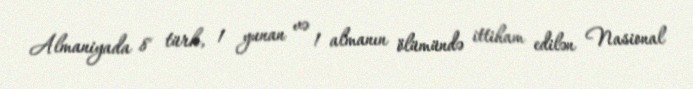
Almaniyada 8 türk, 1 yunan və 1 almanın ölümündə ittiham edilən Nasional